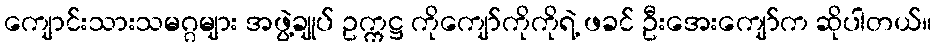
ကျောင်းသားသမဂ္ဂများ အဖွဲ့ချုပ် ဥက္ကဋ္ဌ ကိုကျော်ကိုကိုရဲ့ ဖခင် ဦးအေးကျော်က ဆိုပါတယ်။